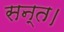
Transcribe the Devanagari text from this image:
सन्त।